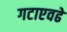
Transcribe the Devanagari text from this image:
गटाएवढे